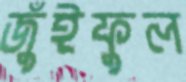
জুঁইফুল